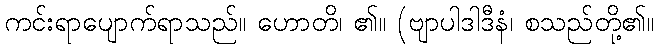
ကင်းရာပျောက်ရာသည်။ ဟောတိ၊ ၏။ (ဗျာပါဒါဒီနံ၊ စသည်တို့၏။